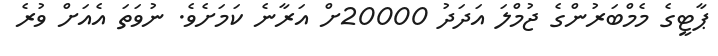
ޕާޓީގެ މެމްބަރުންގެ ޖުމްލަ އަދަދު 20000ށް އަރާނެ ކަމަށެވެ. ނުވަތަ އެއަށް ވުރެ